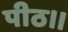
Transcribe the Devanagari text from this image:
पीठ।।